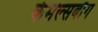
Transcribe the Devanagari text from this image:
केमल्सबौग